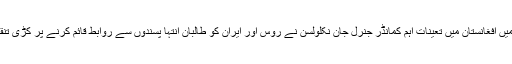
دسمبر ۲۰۱۶ء میں افغانستان میں تعینات اہم کمانڈر جنرل جان نکلولسن نے روس اور ایران کو طالبان انتہا پسندوں سے روابط قائم کرنے پر کڑی تنقید کا نشانہ بنایا۔